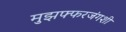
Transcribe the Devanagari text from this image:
मुझफ्फरजंगशी